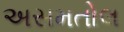
અસમતોલ